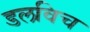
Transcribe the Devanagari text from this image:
डलविच